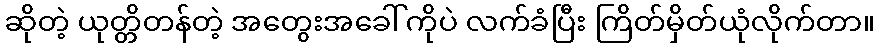
ဆိုတဲ့ ယုတ္တိတန်တဲ့ အတွေးအခေါ်ကိုပဲ လက်ခံပြီး ကြိတ်မှိတ်ယုံလိုက်တာ။